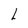
Character: L